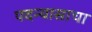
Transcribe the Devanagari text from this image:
पदन्यासाचा